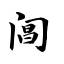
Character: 阊